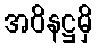
အဝိနဋ္ဌမှိ